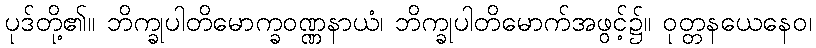
ပုဒ်တို့၏။ ဘိက္ခုပါတိမောက္ခဝဏ္ဏနာယံ၊ ဘိက္ခုပါတိမောက်အဖွင့်၌။ ဝုတ္တနယေနေဝ၊